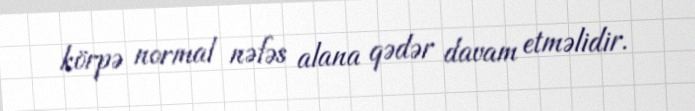
körpə normal nəfəs alana qədər davam etməlidir.